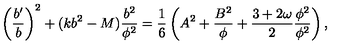
\left( { \frac { b ^ { \prime } } { b } } \right) ^ { 2 } + ( k b ^ { 2 } - M ) { \frac { b ^ { 2 } } { \phi ^ { 2 } } } = { \frac { 1 } { 6 } } \left( A ^ { 2 } + { \frac { B ^ { 2 } } { \phi } } + { \frac { 3 + 2 \omega } { 2 } } { \frac { \phi ^ { 2 } } { \phi ^ { 2 } } } \right) ,